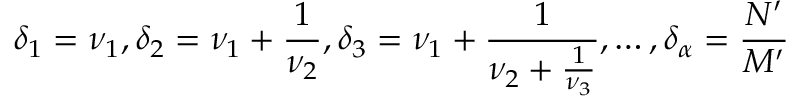
\delta _ { 1 } = \nu _ { 1 } , \delta _ { 2 } = \nu _ { 1 } + \frac { 1 } { \nu _ { 2 } } , \delta _ { 3 } = \nu _ { 1 } + \frac { 1 } { \nu _ { 2 } + \frac { 1 } { \nu _ { 3 } } } , \dots , \delta _ { \alpha } = \frac { N ^ { \prime } } { M ^ { \prime } }